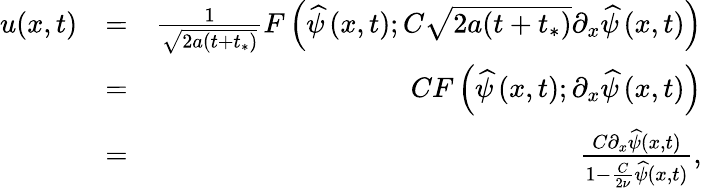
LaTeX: \begin{array}{rlr}{u(x,t)}&{=}&{\frac{1}{\sqrt{2a(t+t_{*})}}F\left(\widehat{\psi}\left(x,t\right);C\sqrt{2a(t+t_{*})}\partial_{x}\widehat{\psi}\left(x,t\right)\right)}\\ &{=}&{CF\left(\widehat{\psi}\left(x,t\right);\partial_{x}\widehat{\psi}\left(x,t\right)\right)}\\ &{=}&{\frac{C\partial_{x}\widehat{\psi}(x,t)}{1-\frac{C}{2\nu}\widehat{\psi}(x,t)},}\end{array}